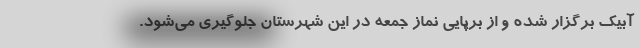
آبیک برگزار شده و از برپایی نماز جمعه در این شهرستان جلوگیری می‌شود.